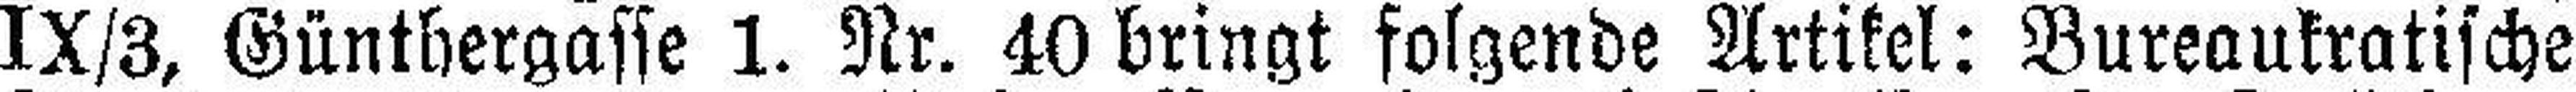
IX/3, Günthergasse 1. Nr. 40 bringt folgende Artikel: Bureaukratische